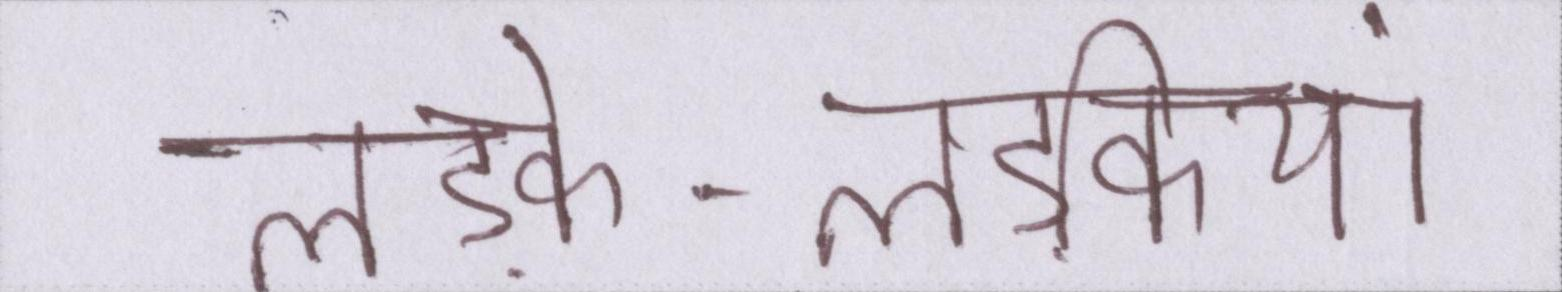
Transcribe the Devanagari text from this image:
लड़के-लड़कियां